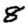
Digit: 8